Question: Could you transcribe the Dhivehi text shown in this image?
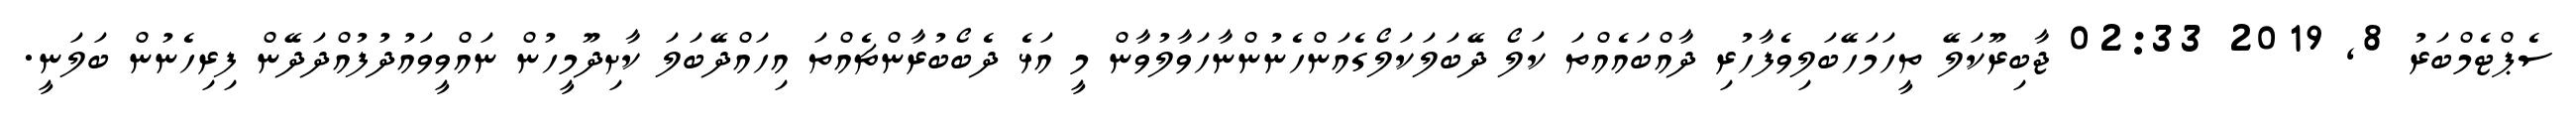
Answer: ސެޕްޓެމްބަރު 8, 2019 02:33 ޖާބިރޫކަލޭ ތީހަމަހޭބަލިވެފާހުރި ދާއްބައެއްތަ ކަލޯ ދޭބަލަކަލޯގެއަންހެނުންނާހަވާލުވާން މީ އަޅެ ދެބޯބުރާންޗެއްތަ އިހައްދޭބަލަ ކާށިދޫމީހުން ނައްވީވައުދުފުއްދަދޭން ފިރިހެނުން ބަލަނީ.